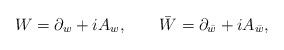
\begin{align*}W=\partial_w+iA_w, \qquad \bar W=\partial_{\bar w}+iA_{\bar w},\end{align*}